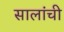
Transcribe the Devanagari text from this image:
सालांची